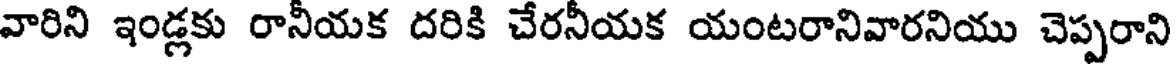
వారిని ఇండ్లకు రానీయక దరికి చేరనీయక యంటరానివారనియు చెప్పరాని